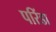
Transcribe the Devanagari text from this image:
परिंडा